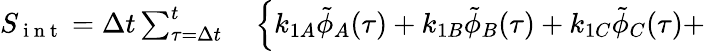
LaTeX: \begin{array}{rl}{S_{\mathrm{~i~n~t~}}=\Delta t\sum_{\tau=\Delta t}^{t}}&{{}\left\lbrace k_{1A}\tilde{\phi}_{A}(\tau)+k_{1B}\tilde{\phi}_{B}(\tau)+k_{1C}\tilde{\phi}_{C}(\tau)+\right.}\end{array}